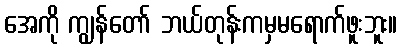
အေကို ကျွန်တော် ဘယ်တုန်းကမှမရောက်ဖူးဘူး။